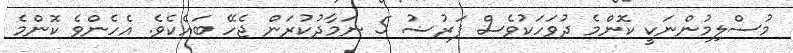
މުސްލިމުންނަކީ ކޮންމެ ދުވަހަކުވެސް ފަރުޟު 5 ނަމާދުކުރަން ޖެހޭ ބައެކެވެ. އެހެންވެ ކޮންމެ